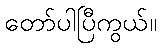
တော်ပါပြီကွယ်။